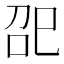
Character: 巶